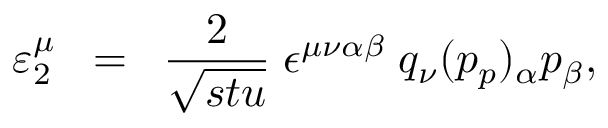
\varepsilon _ { 2 } ^ { \mu } \; \; = \; \; \frac { 2 } { \sqrt { s t u } } \; \epsilon ^ { \mu \nu \alpha \beta } \; q _ { \nu } ( p _ { p } ) _ { \alpha } p _ { \beta } ,